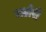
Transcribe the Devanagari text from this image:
भटोरी